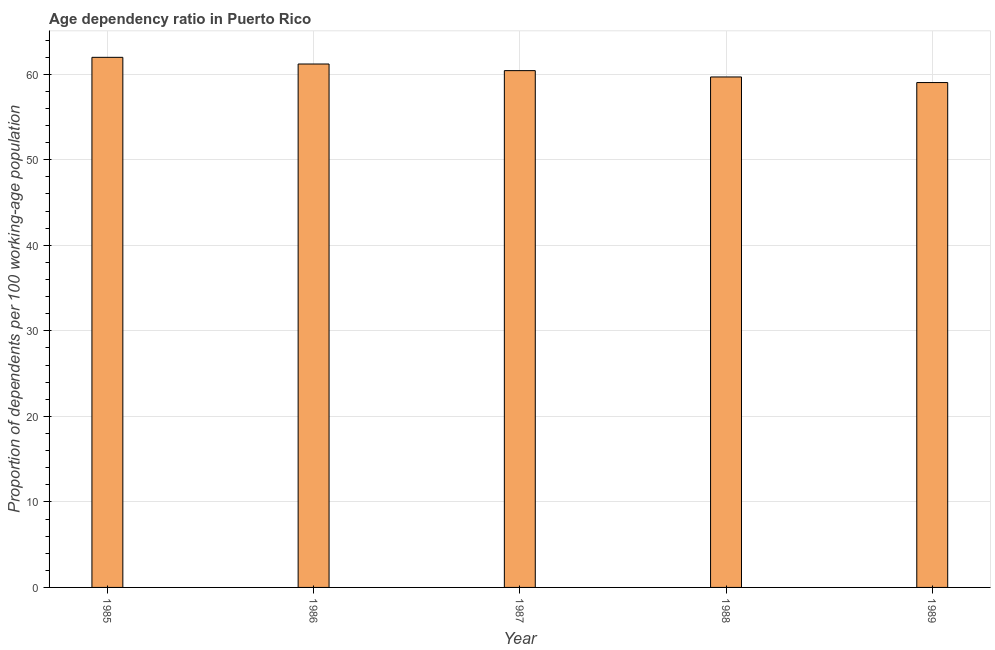
| Year | Age dependency ratio (% of working-age population) |
 | --- | --- |
 | 1985 | 62 |
 | 1986 | 61.2 |
 | 1987 | 60.4 |
 | 1988 | 59.7 |
 | 1989 | 59 |